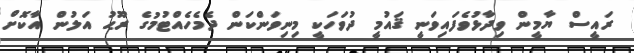
ރައީސް ޔާމީން ވިދާޅުވެފައިވަނީ ޤައުމީ ދުވަހަކީ މިނިވަންކަން ދެމެހެއްޓުމުގެ ރޫޙު އަލުން އާކޮށް